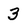
Character: 3